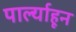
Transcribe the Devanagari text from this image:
पार्ल्याहून